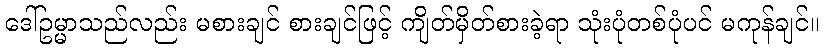
ဒေါ်ဥမ္မာသည်လည်း မစားချင် စားချင်ဖြင့် ကျိတ်မှိတ်စားခဲ့ရာ သုံးပုံတစ်ပုံပင် မကုန်ချင်။